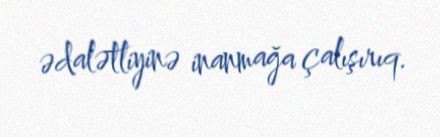
ədalətliyinə inanmağa çalışırıq.